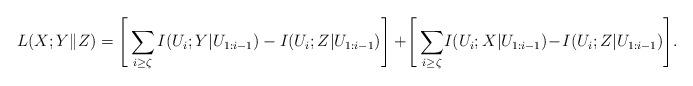
LaTeX: \begin{align*}&L(X;Y\|Z)=\Bigg[\sum_{\substack{i\geq \zeta\\}} I(U_i; Y|U_{1:i-1})-I(U_i;Z|U_{1:i-1})\Bigg]+\!\Bigg[\sum_{\substack{i\geq \zeta\\}}\! I(U_i; X|U_{1:i-1})\!-\!I(U_i;Z|U_{1:i-1})\Bigg].\end{align*}